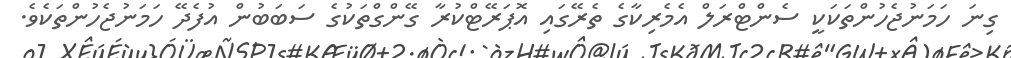
ގިނަ ހަމަނުޖެހުންތަކަކީ ސެންޓްރަލް އެމެރިކާގެ ތެރޭގައި އޮޕަރޭޓްކުރާ ގޭންގްތަކުގެ ސަބަބުން އުފެދޭ ހަމަނުޖެހުންތަކެވެ.